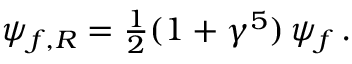
\psi _ { f , R } = { \textstyle \frac { 1 } { 2 } } ( 1 + \gamma ^ { 5 } ) \, \psi _ { f } \, .